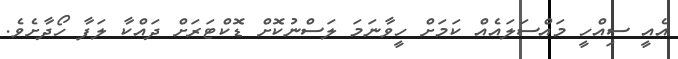
އެއީ ސިއްހީ މައްސަލައެއް ކަމަށް ހީވާނަމަ ލަސްނުކޮށް ޑޮކްޓަރަށް ދައްކާ ލަފާ ހޯދާށެވެ.